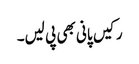
رکیں پانی بھی پی لیں۔